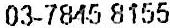
03-7845 8155